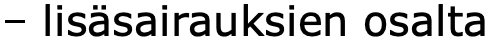
– lisäsairauksien osalta